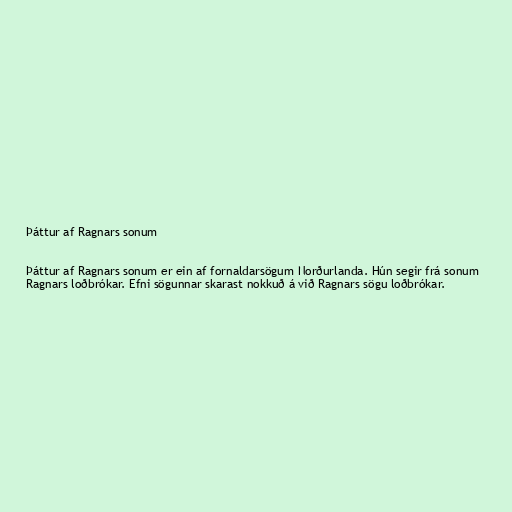
Þáttur af Ragnars sonum

Þáttur af Ragnars sonum er ein af fornaldarsögum Norðurlanda. Hún segir frá sonum
Ragnars loðbrókar. Efni sögunnar skarast nokkuð á við Ragnars sögu loðbrókar.